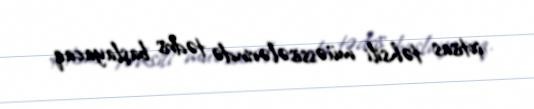
ixtisas təhsili müəssisələrində tədris başlayacaq.